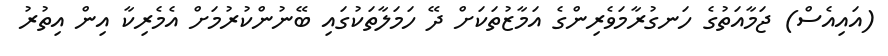
(އައިއެސް) ޖަމާއަތުގެ ހަނގުރާމަވެރިންގެ އަމާޒުތަކަށް ދޭ ހަމަލާތަކުގައި ބޭނުންކުރުމަށް އެމެރިކާ އިން އިތުރު